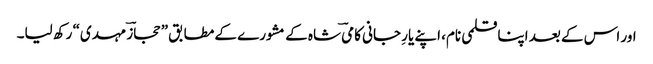
اور اس کے بعد اپنا قلمی نام، اپنے یارِ جانی کامیؔ شاہ کے مشورے کے مطابق ”حجازؔ مہدی“ رکھ لیا۔